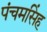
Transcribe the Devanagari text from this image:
पंचमसिंह